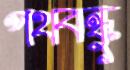
পথবন্ধু